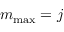
m _ { \mathrm { m a x } } = j